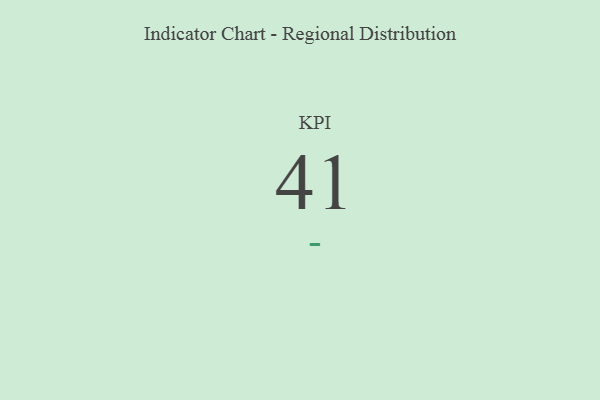
{"axis": {"x": "KPI", "y": "Value"}, "legend": [""], "data": [{"x": "KPI", "y": 41, "type": ""}]}